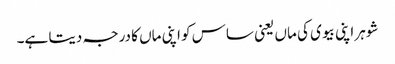
شوہر اپنی بیوی کی ماں یعنی ساس کو اپنی ماں کا درجہ دیتا ہے۔